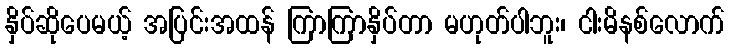
နှိပ်ဆိုပေမယ့် အပြင်းအထန် ကြာကြာနှိပ်တာ မဟုတ်ပါဘူး၊ ငါးမိနစ်လောက်